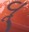
વૂ